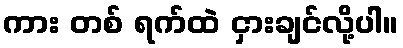
ကား တစ် ရက်ထဲ ငှားချင်လို့ပါ။